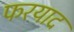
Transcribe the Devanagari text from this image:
फरयाद